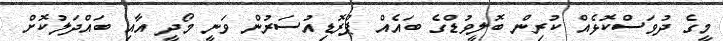
މީގެ ދުވަސްކޮޅެއް ކުރިން ބޮލީވުޑްގެ ބައެއް ޕްރޮޑިއުސަރުން ވަނީ މޯދީ އާއި ބައްދަލުކޮށް